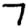
Digit: 7